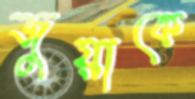
জুয়াকে